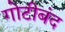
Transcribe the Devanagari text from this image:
गोटीबंद